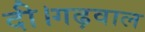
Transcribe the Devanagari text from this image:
दी।गढ़वाल